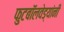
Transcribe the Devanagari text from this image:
फुटबॉलवेड्यांनी